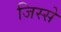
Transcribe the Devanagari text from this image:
जिस्‍से